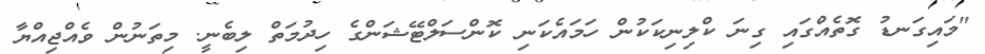
"މައިގަނޑު ގޮތެއްގައި ގިނަ ކްލިނިކަކުން ހަމައެކަނި ކޮންސަލްޓޭޝަންގެ ހިދުމަތް ލިބެނީ. މިތަނުން ވެއްޖިއްޔާ